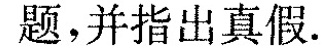
题，并指出真假.